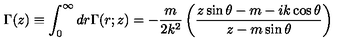
\Gamma ( z ) \equiv \int _ { 0 } ^ { \infty } d r \Gamma ( r ; z ) = - \frac { m } { 2 k ^ { 2 } } \left( { \frac { z \sin \theta - m - i k \cos \theta } { z - m \sin \theta } } \right)